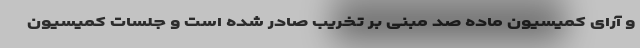
و آرای کمیسیون ماده صد مبنی بر تخریب صادر شده است و جلسات کمیسیون